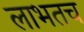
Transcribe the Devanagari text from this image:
लाभतच